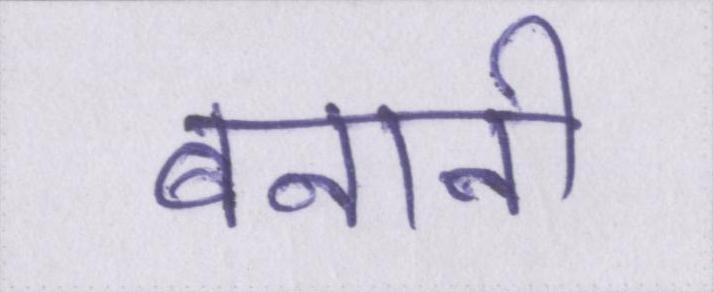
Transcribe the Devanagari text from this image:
बनानी